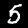
Label: 5